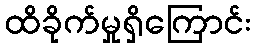
ထိခိုက်မှုရှိကြောင်း